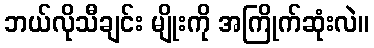
ဘယ်လိုသီချင်း မျိုးကို အကြိုက်ဆုံးလဲ။